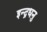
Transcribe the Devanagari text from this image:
इन्द्रधनु